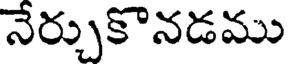
నేర్చుకొనడము